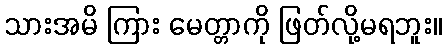
သားအမိ ကြား မေတ္တာကို ဖြတ်လို့မရဘူး။